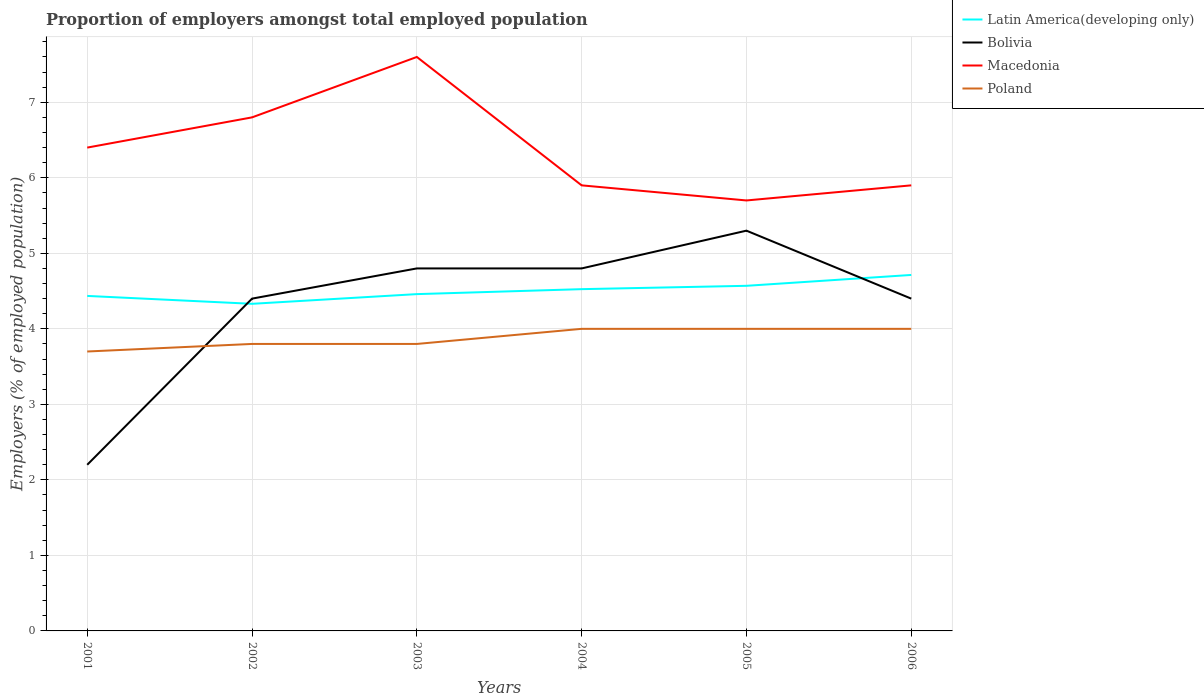
| Years | Latin America(developing only) | Bolivia | Macedonia | Poland |
 | --- | --- | --- | --- | --- |
 | 2001 | 4.44 | 2.2 | 6.4 | 3.7 |
 | 2002 | 4.33 | 4.4 | 6.8 | 3.8 |
 | 2003 | 4.46 | 4.8 | 7.6 | 3.8 |
 | 2004 | 4.53 | 4.8 | 5.9 | 4 |
 | 2005 | 4.57 | 5.3 | 5.7 | 4 |
 | 2006 | 4.71 | 4.4 | 5.9 | 4 |